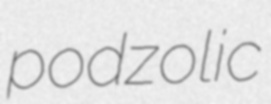
podzolic